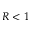
R < 1